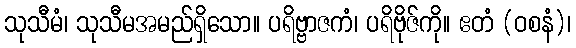
သုသီမံ၊ သုသီမအမည်ရှိသော။ ပရိဗ္ဗာဇကံ၊ ပရိဗိုဇ်ကို။ ဧတံ (ဝစနံ)၊